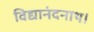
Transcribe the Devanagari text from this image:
विद्यानंदनाथ।